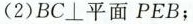
(2)BC⊥平面PEB；